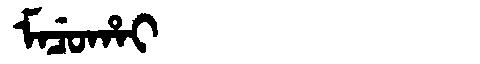
Manchu: ᠮᠠᠴᡠᡥᠠᡳ
Romanization: MACUHAI